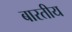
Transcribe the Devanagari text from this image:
बारतीय